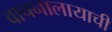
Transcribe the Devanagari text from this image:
वाचनालायाची